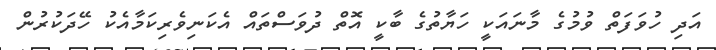
އަދި ހުވަފަތް ވުމުގެ މާނައަކީ ހަޔާތުގެ ބާކީ އޮތް ދުވަސްތައް އެކަނިވެރިކަމާއެކު ހޭދަކުރުން